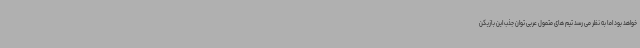
خواهد بود اما به نظر می رسد تیم های متمول عربی توان جذب این بازیکن